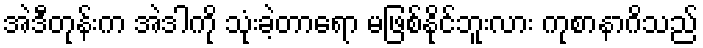
အဲဒီတုန်းက အဲဒါကို သုံးခဲ့တာရော မဖြစ်နိုင်ဘူးလား ကုစာနာဂိသည်